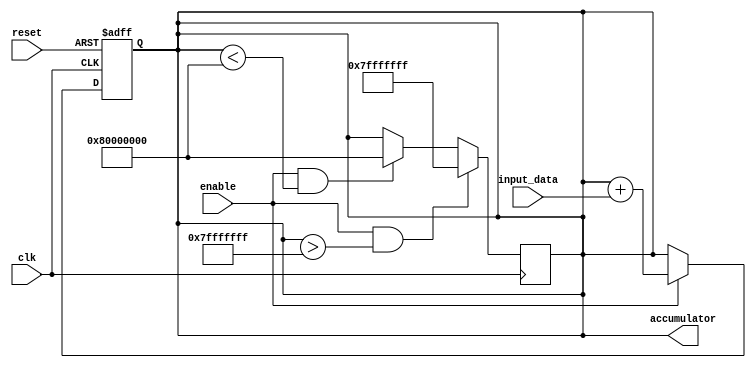
module FixedPointAccumulator (
    input wire clk,
    input wire reset,
    input wire [DATA_WIDTH-1:0] input_data,
    input wire enable,
    output reg [ACCUM_WIDTH-1:0] accumulator
);

parameter DATA_WIDTH = 16; // Width of input data
parameter ACCUM_WIDTH = 32; // Width of accumulator

reg [ACCUM_WIDTH-1:0] sum;

always @(posedge clk or posedge reset) begin
    if (reset) begin
        sum <= 0;
    end else if (enable) begin
        sum <= sum + input_data;
    end
end

always @(posedge clk) begin
    if (enable && sum > (2**(ACCUM_WIDTH-1) - 1)) begin
        sum <= (2**(ACCUM_WIDTH-1) - 1); // Handle overflow
    end else if (enable && sum < -(2**(ACCUM_WIDTH-1))) begin
        sum <= -(2**(ACCUM_WIDTH-1)); // Handle underflow
    end
end

assign accumulator = sum;

endmodule